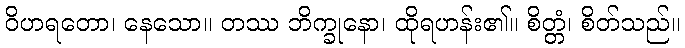
ဝိဟရတော၊ နေသော။ တဿ ဘိက္ခုနော၊ ထိုရဟန်း၏။ စိတ္တံ၊ စိတ်သည်။